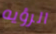
الرؤيه